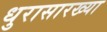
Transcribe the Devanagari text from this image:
धुरासारख्या